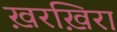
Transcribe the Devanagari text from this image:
ख़रख़िरा